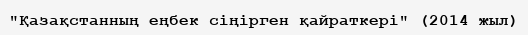
"Қазақстанның еңбек сіңірген қайраткері" (2014 жыл)